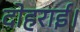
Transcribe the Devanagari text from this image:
दोहराई।